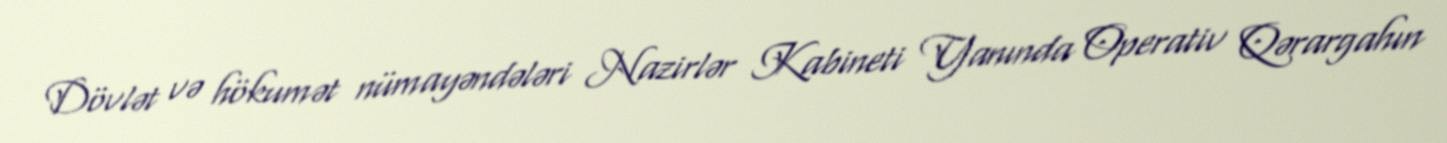
Dövlət və hökumət nümayəndələri Nazirlər Kabineti Yanında Operativ Qərargahın